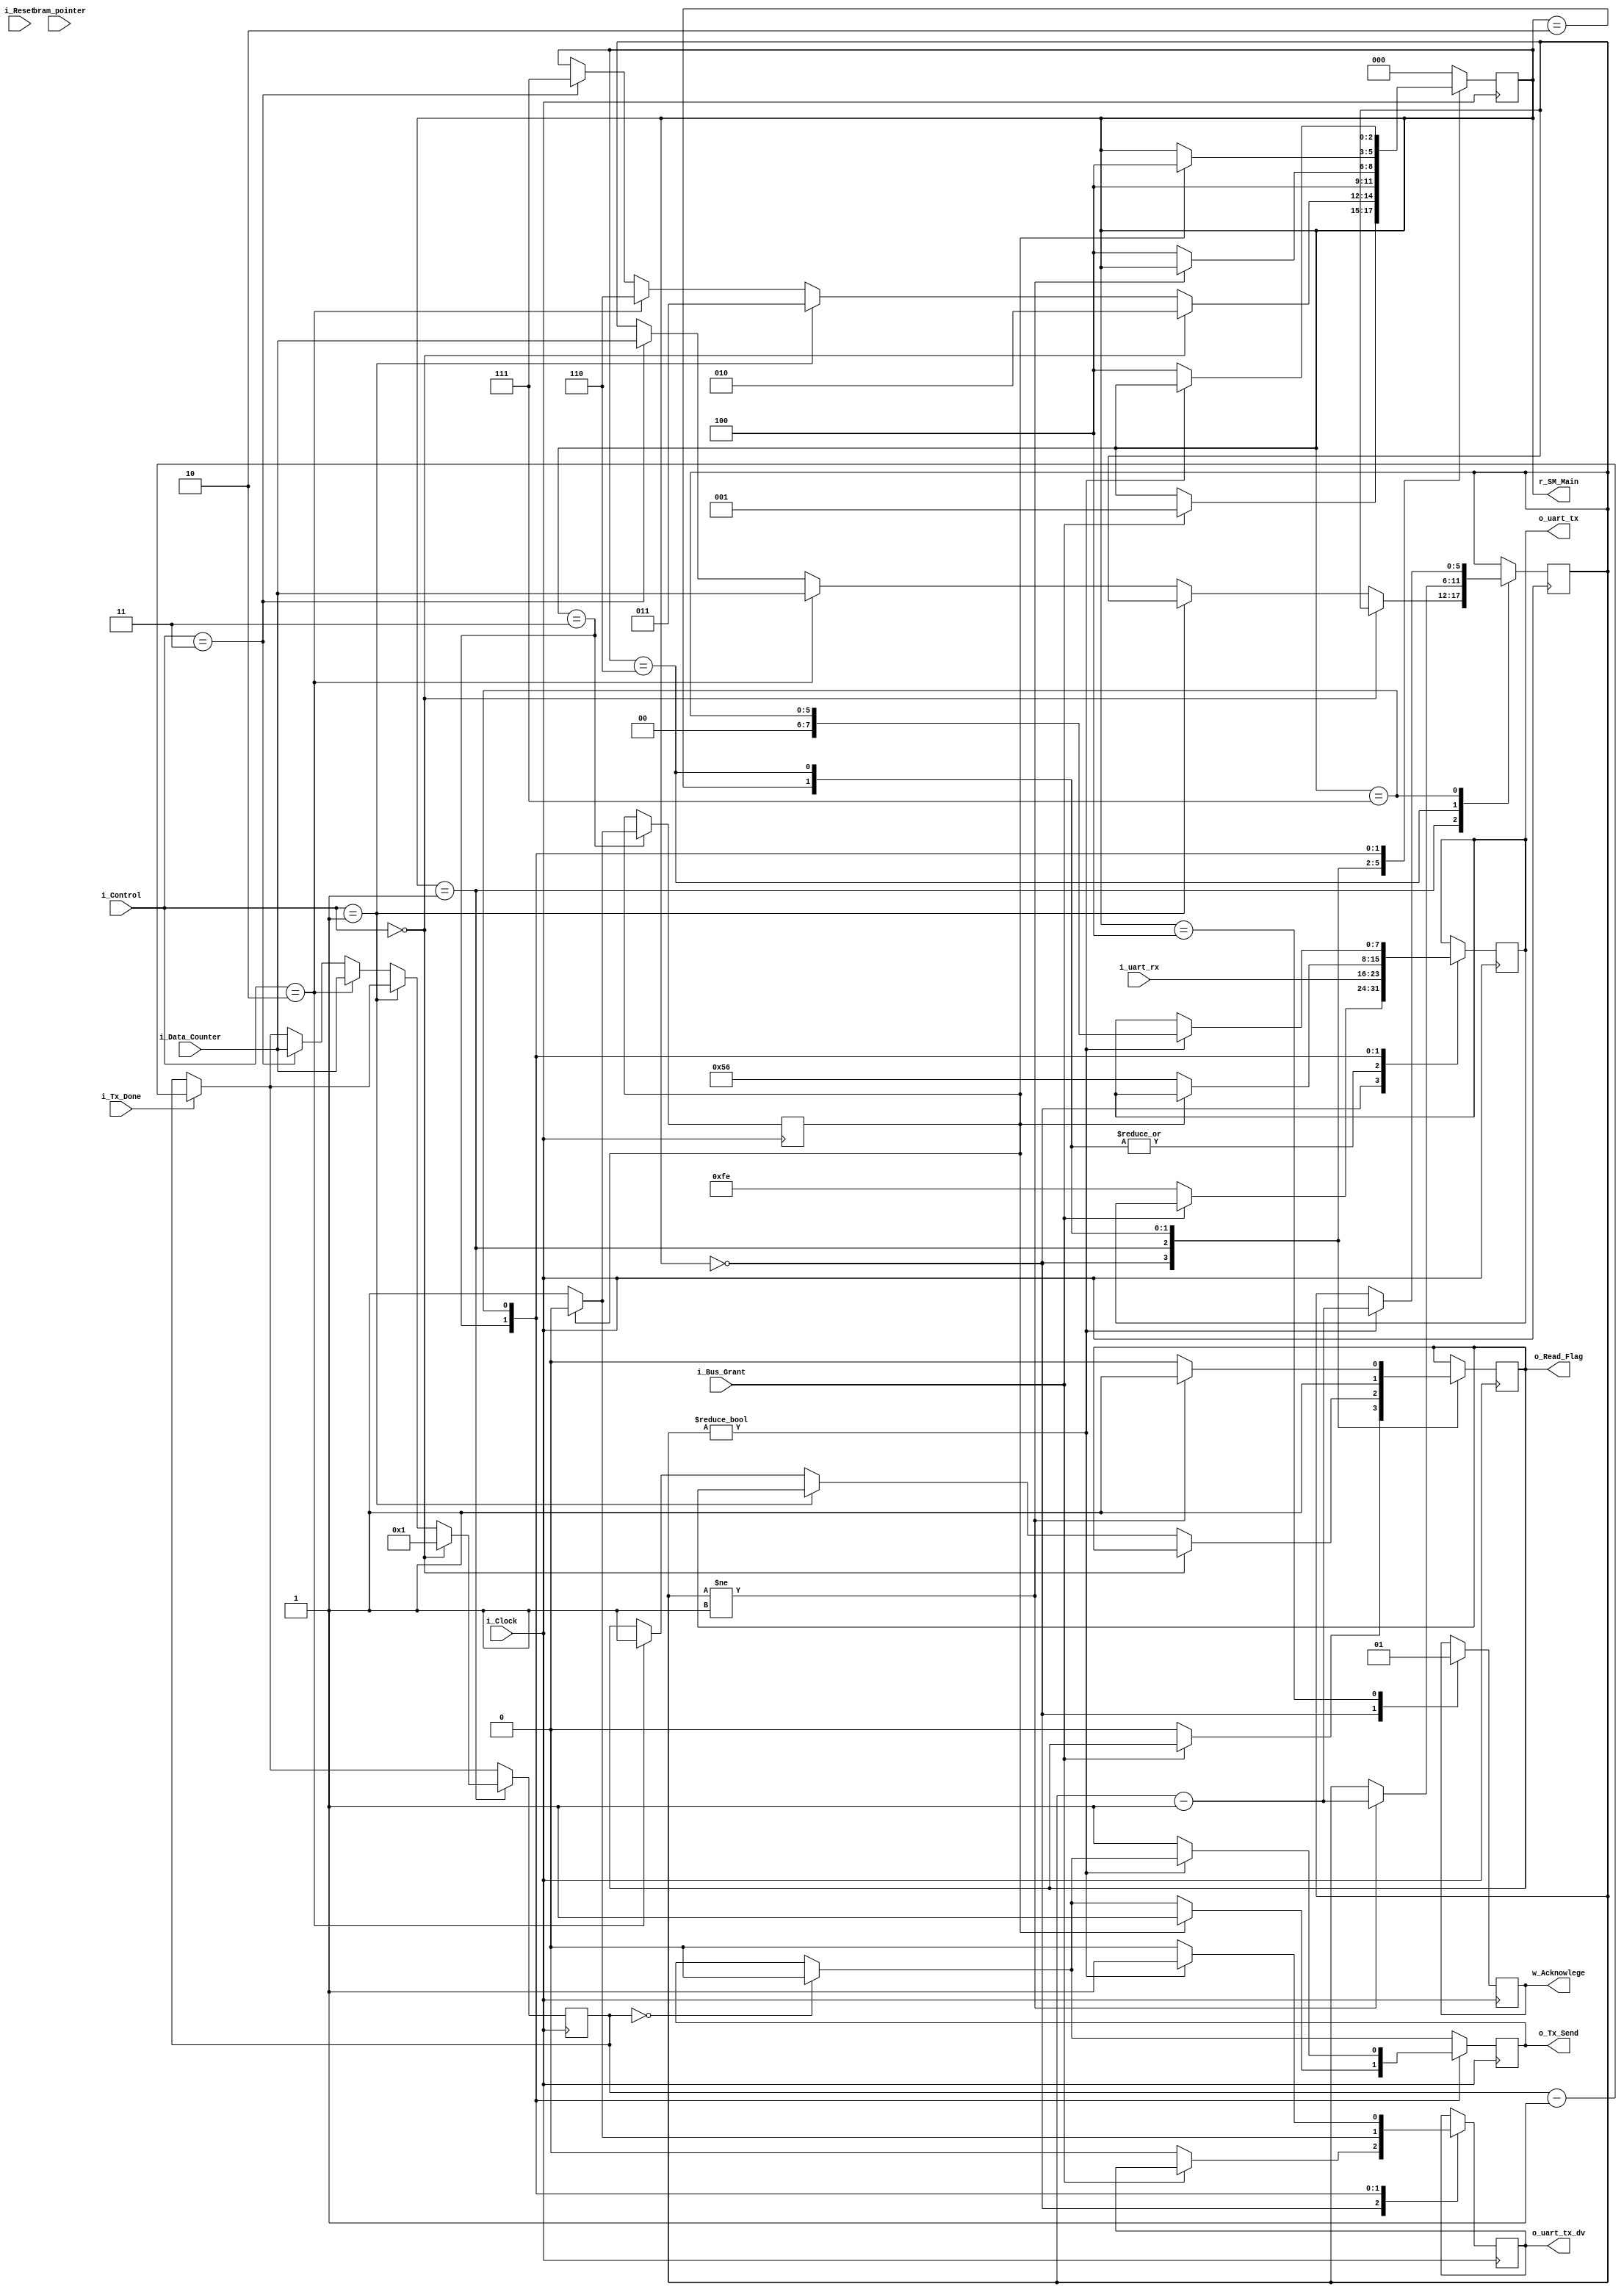
`timescale 1ns / 1ps
//////////////////////////////////////////////////////////////////////////////////
// Company: 
// Engineer: 
// 
// Design Name: 
// Module Name: DMA_controller_IO
// Project Name: 
// Target Devices: 
// Tool Versions: 
// Description: 
// 
// Dependencies: 
// 
// Revision:
// Revision 0.01 - File Created
// Additional Comments:
// 
//////////////////////////////////////////////////////////////////////////////////

//Dma acknowledge will have to be implemented somehow in the control side, so that we can just enter off state. This is required otherwise idle isnt a valid dma state,it has to relenquish the bus
//Handle the fifo overwrites better in case the number to be written to fifo and the values in that exist in the fifo, together exceed the  buffer size

module DMA_controller_IO
#(parameter SIZE_BIT = 5)
(
    input        i_Clock,
    input        i_Reset,//Dummy ?
    input [1:0]  i_Control,//2bit control with burst modes
    input        i_Bus_Grant, // From Control Memory
    input [31:0] bram_pointer, //Address from Control, read and write
    
    output   o_Read_Flag, // Read Trigger for Uart 
    input [7:0]  i_uart_rx, // Byte from Uart Rx fifo
    
    output       o_Tx_Send,// Trigger to send data to Uart 
    output  [7:0] o_uart_tx, // Byte to be sent to Uart
    output       o_uart_tx_dv, //Byte has finished writing and not an unstable value
    input  [SIZE_BIT:0] i_Data_Counter, //No of bytes to be sent in burst mode
    input        i_Tx_Done, //Uart has successfully sent a bram_pointer
    output       w_Acknowlege,
    output reg [2:0]    r_SM_Main     = 0
    //inout [7:0]  bram_read_port,
    //inout [7:0]  bram_write_port
    );
    
    
    parameter s_IDLE         = 3'b000;
    parameter s_DMA_SETUP    = 3'b001;
    parameter s_DMA_IO_READ  = 3'b010;
    parameter s_DMA_IO_READ_BURST= 3'b110;
    
    parameter s_DMA_IO_WRITE = 3'b011;
    parameter s_DMA_IO_WRITE_BURST= 3'b111;
    parameter s_CLEANUP      = 3'b100;//Exit and trigger dma ack signal
    
    //reg [2:0]    r_SM_Main     = 0;
    reg [31:0]   r_Address     = 0; //holds address given by control block 
    reg [SIZE_BIT:0]    r_Data_Counter=0;  //counts the number of bytes to be sent to the Uart, use integer datatype ?
    reg [SIZE_BIT:0]    r_Byte_Counter=0; 
    reg r_Tx_Send_buffer =0; //Buffers the values_CLEANUP
    
    reg r_uart_tx = 0;
    reg r_Read_Flag_dma = 0;
    reg [7:0] r_uart_tx_dma =0 ;
    reg r_uart_tx_dv_dma =0; 
    reg r_delay_send_flag = 0;
    reg r_Acknowlege;
    
    always @(posedge i_Clock)
    begin
    if(i_Tx_Done==1'b1)
        begin
            r_Data_Counter <=r_Data_Counter-1;
            $display("0x%0h",r_Data_Counter);
            $display("Tx_Done");
        end
    if(r_Data_Counter==0) 
                r_Tx_Send_buffer<=1'b0;
                
      case (r_SM_Main)
        s_IDLE ://Await address
           
          begin
            r_Acknowlege <= 1'b0;//Irrespective of bus grant it should be reset at idle
            if(i_Bus_Grant ==1'b1) //Maybe check the address from control as well ?
                begin
                    r_SM_Main <=s_DMA_SETUP;
                    //$display(" Bus granted");
                end
            else
                begin //Basic initializationw_Tx_Byte_dma
                    r_Read_Flag_dma <=0; //Dont read from Rx buffer
                    //r_Tx_Send_buffer <=0; //Dont Write to Uart,comment this out to make it state independent and dependent only on the counter
                    
                    r_uart_tx_dma <=8'hFE; //Hold the Tx value high as default, default is not ff as it gets confusing to debug ff default state of the fifo buffer value
                    r_Address <= bram_pointer;
                    r_uart_tx_dv_dma <= 1'b0;//Write data is not valid
                    //$display(" Bus not granted");
                end
                
          end 
        s_DMA_SETUP ://Decide what to do read to mem or from mem
            begin //Could be made more efficient by choosing based on a single bit at a time ?
                if(i_Control == 2'b00) //Write a single byte to I/O reo_uart_txdundant ?
                    begin
                        r_SM_Main <= s_DMA_IO_READ;
                        r_Data_Counter <= 1;
                    end
                else if (i_Control == 2'b01) //Read a single byte from I/O
                    begin
                        r_SM_Main <= s_DMA_IO_WRITE;
                        //r_Data_Counter <= 1;
                    end
                else if (i_Control == 2'b10) //Write a burst to I/O
                    begin
                        r_SM_Main <= s_DMA_IO_READ_BURST;
                        r_Data_Counter <= i_Data_Counter;
                        r_Byte_Counter <= i_Data_Counter;
                        r_Read_Flag_dma <= 1'b1;
                    end
                else if (i_Control == 2'b11) //Read a burst from I/O
                    begin
                        r_SM_Main <= s_DMA_IO_WRITE_BURST;
                        r_Data_Counter <= i_Data_Counter;
                        r_Byte_Counter <= i_Data_Counter;
                    end
                 
            end 
            
        s_DMA_IO_READ : //Read from the memory and write to a particular given address
            begin
             r_uart_tx_dma <= i_uart_rx; //write to bram cell
             r_Read_Flag_dma <= 1'b1;
             r_SM_Main <= s_CLEANUP;
            end 
        s_DMA_IO_READ_BURST:
            begin 
                if(r_Byte_Counter!=1)
                    begin
                        r_uart_tx_dma <= i_uart_rx; //write to bram cell 
                        r_Read_Flag_dma <= 1'b1;
                        r_Byte_Counter <= r_Byte_Counter -1;
                    end
                else
                    begin
                         r_uart_tx_dma <= i_uart_rx; //read once before exiting, this is required cuz we set the byte counter to 1 in the prev check. We need to only check N-1 times, if we sample all N times we would create an extra reading
                         r_Read_Flag_dma <= 1'b0;
                         r_SM_Main <= s_CLEANUP;
                         
                    end 
                $display("0x%0h",r_Byte_Counter);
            end
            
        s_DMA_IO_WRITE ://Read from the memory and write to a particular given address
            begin
                if(r_delay_send_flag == 0)
                    begin
                        r_uart_tx_dma <=8'h56;// Read from bram address
                        r_uart_tx_dv_dma <= 1'b1;
                        r_delay_send_flag <=1'b1;
                    end 
                else
                    begin
                    r_uart_tx_dv_dma <= 1'b0;//No writing to buffer twice
                    r_Tx_Send_buffer <= 1'b1;
                    r_delay_send_flag <=1'b0;
                    r_SM_Main <= s_CLEANUP;
                    //$display("0x%0h",r_Data_Counter);
                    end
                
            end
        s_DMA_IO_WRITE_BURST : //Read from the memory and write to a particular given address
            begin 
                if(r_Byte_Counter!=0)
                    begin
                        r_uart_tx_dma <=r_Byte_Counter ; //Bram value
                        r_uart_tx_dv_dma <= 1'b1;
                        r_Byte_Counter <= r_Byte_Counter -1;
                    end
                else
                    begin
                        r_uart_tx_dv_dma <= 1'b0;
                        r_Tx_Send_buffer <= 1'b1;
                        r_SM_Main <= s_CLEANUP;
                    end
                
            end
            //write one word 
            //set data valid 
            //set send reset data valid  
            //write second byte 
            //set data valid 
            //set send byte reset data valid 
            //write third byte 
            //
            
        s_CLEANUP:
            begin 
                r_SM_Main <= s_IDLE;
                r_Acknowlege <= 1'b1;
            end      
    //create loopback module to test the I/O first
        default :
            r_SM_Main<= s_IDLE;
        endcase
    end
   
   
   
    assign o_uart_tx_dv = r_uart_tx_dv_dma;
    assign o_uart_tx = r_uart_tx_dma;
    assign o_Read_Flag = r_Read_Flag_dma;
    assign o_Tx_Send = r_Tx_Send_buffer;
    assign w_Acknowlege =  r_Acknowlege;
    //assign o_uart_tx  = r_uart_tx;
endmodule